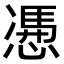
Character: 慿